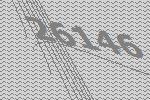
26146